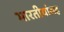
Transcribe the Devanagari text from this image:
भारतीयांसह